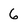
Character: 6